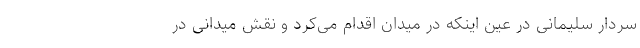
سردار سلیمانی در عین اینکه در میدان اقدام می‌کرد و نقش میدانی در